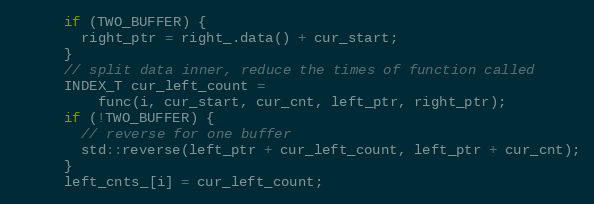
Language: C
      if (TWO_BUFFER) {
        right_ptr = right_.data() + cur_start;
      }
      // split data inner, reduce the times of function called
      INDEX_T cur_left_count =
          func(i, cur_start, cur_cnt, left_ptr, right_ptr);
      if (!TWO_BUFFER) {
        // reverse for one buffer
        std::reverse(left_ptr + cur_left_count, left_ptr + cur_cnt);
      }
      left_cnts_[i] = cur_left_count;